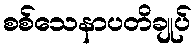
စစ်သေနာပတိချုပ်